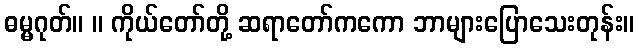
ဓမ္မဂုတ်။ ။ ကိုယ်တော်တို့ ဆရာတော်ကကော ဘာများပြောသေးတုန်း။